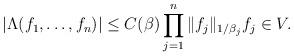
LaTeX: \begin{align*}|\Lambda(f_1, \ldots, f_n)| \leq C(\beta) \prod_{j=1}^n \| f_j \|_{1/{\beta_j}} f_j \in V.\end{align*}